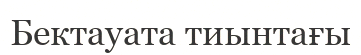
Бектауата тиынтағы